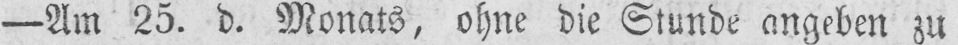
- Am 25. d. Monats, ohne die Stunde angeben zu